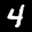
Label: 4